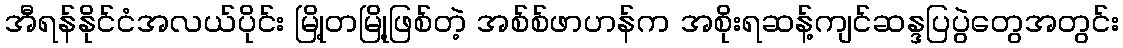
အီရန်နိုင်ငံအလယ်ပိုင်း မြို့တမြို့ဖြစ်တဲ့ အစ်စ်ဖာဟန်က အစိုးရဆန့်ကျင်ဆန္ဒပြပွဲတွေအတွင်း